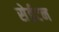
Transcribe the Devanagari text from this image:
सेईटन